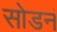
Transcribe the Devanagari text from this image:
सोडनं